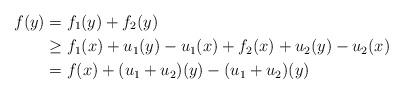
LaTeX: \begin{align*} f(y) &= f_1(y) + f_2(y)\\ &\geq f_1(x) + u_1(y) -u_1(x) + f_2(x)+ u_2(y) -u_2(x)\\ &= f(x) + (u_1+u_2)(y) - (u_1+u_2)(y) \end{align*}